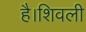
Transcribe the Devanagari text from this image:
है।शिवली